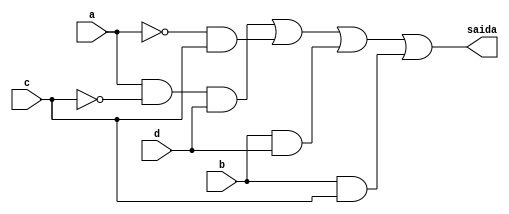
//NOME: Henrique Carvalho Parreira

module metodoreduzirquine ( saida,a,b,c,d );

output saida;
input a,b,c,d;
wire temp1,temp2,temp3,temp4,temp5,temp6;

not NOT1 (temp1,c);
not NOT2 (temp3,a);
and AND1 (temp2,a,temp1,d);
and AND2 (temp4,temp3,c);
and AND3 (temp5,b,d);
and AND4 (temp6,b,c);
or OR1 (saida,temp2,temp4,temp5,temp6);

endmodule

module testguia8;
reg a,b,c,d;
wire saida;

metodoreduzirquine  REDUZIRQUINE ( saida,a,b,c,d );

initial begin:start
        a=0; b=0; c=0; d=0;
end

initial begin: main
#1 $display (" Circuito do exercicio 01-guia8 ");
#1 $display (" a |  b |  c |  d  =  saida ");
  $monitor (" %b  | %b  | %b |  %b  =   %b ",a,b,c,d,saida);
           #1 a=0;    b=0;   c=0;   d=1;
			  #1 a=0;    b=0;   c=1;   d=0;
			  #1 a=0;    b=0;   c=1;   d=1;
			  #1 a=0;    b=1;   c=0;   d=0;
			  #1 a=0;    b=1;   c=0;   d=1;
			  #1 a=0;    b=1;   c=1;   d=0;
			  #1 a=0;    b=1;   c=1;   d=1;
			  #1 a=1;    b=0;   c=0;   d=0;
			  #1 a=1;    b=0;   c=0;   d=1;
			  #1 a=1;    b=0;   c=1;   d=0;
			  #1 a=1;    b=0;   c=1;   d=1;
			  #1 a=1;    b=1;   c=0;   d=0;
			  #1 a=1;    b=1;   c=0;   d=1;
			  #1 a=1;    b=1;   c=1;   d=0;
			  #1 a=1;    b=1;   c=1;   d=1;
			  
			  
			  
end
endmodule